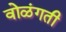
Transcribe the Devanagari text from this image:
वोळंगती